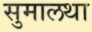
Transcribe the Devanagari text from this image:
सुमालथा